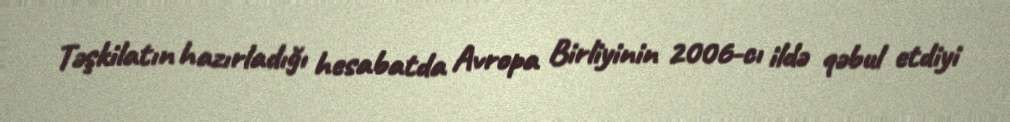
Təşkilatın hazırladığı hesabatda Avropa Birliyinin 2006-cı ildə qəbul etdiyi